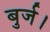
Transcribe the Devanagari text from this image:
बुर्ज।